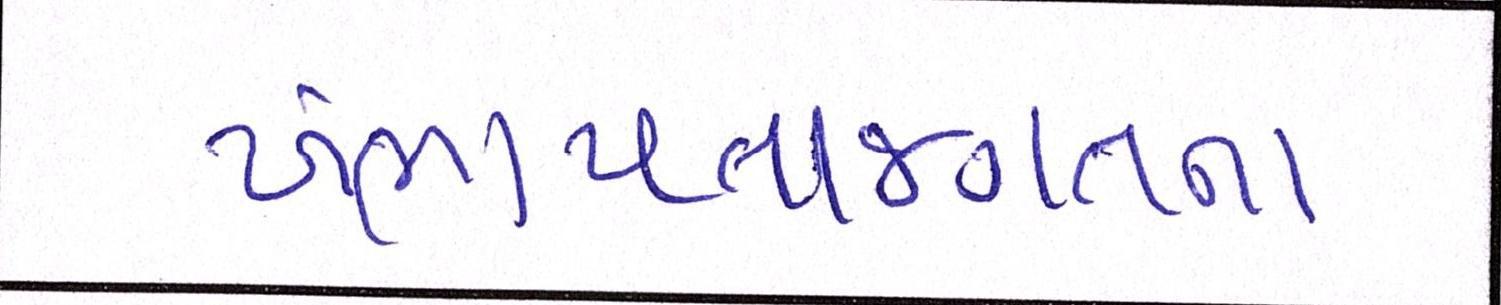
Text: ખંભાયતાજગતના